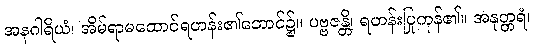
အနဂါရိယံ၊ အိမ်ရာမထောင်ရဟန်း၏ဘောင်၌။ ပဗ္ဗဇန္တိ၊ ရဟန်းပြုကုန်၏။ အနုတ္တရံ၊